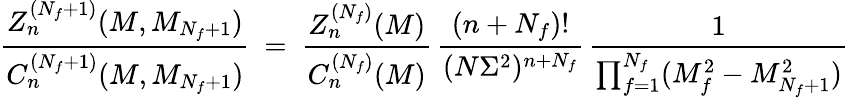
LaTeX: \frac{Z_{n}^{(N_{f}+1)}(M,M_{N_{f}+1})}{C_{n}^{(N_{f}+1)}(M,M_{N_{f}+1})}\ =\ \frac{Z_{n}^{(N_{f})}(M)}{C_{n}^{(N_{f})}(M)}\, \frac{(n+N_{f})!}{(N\Sigma^{2})^{n+N_{f}}}\, \frac{1}{\prod_{f=1}^{N_{f}}(M_{f}^{2}-M_{N_{f}+1}^{2})}